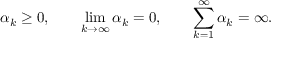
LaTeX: \alpha _ { k } \geq 0 , \qquad \operatorname* { l i m } _ { k \to \infty } \alpha _ { k } = 0 , \qquad \sum _ { k = 1 } ^ { \infty } \alpha _ { k } = \infty .